Report of the Indian Hemp Drugs Commission, 1894-1895 - Volume VIII
Year: 1894
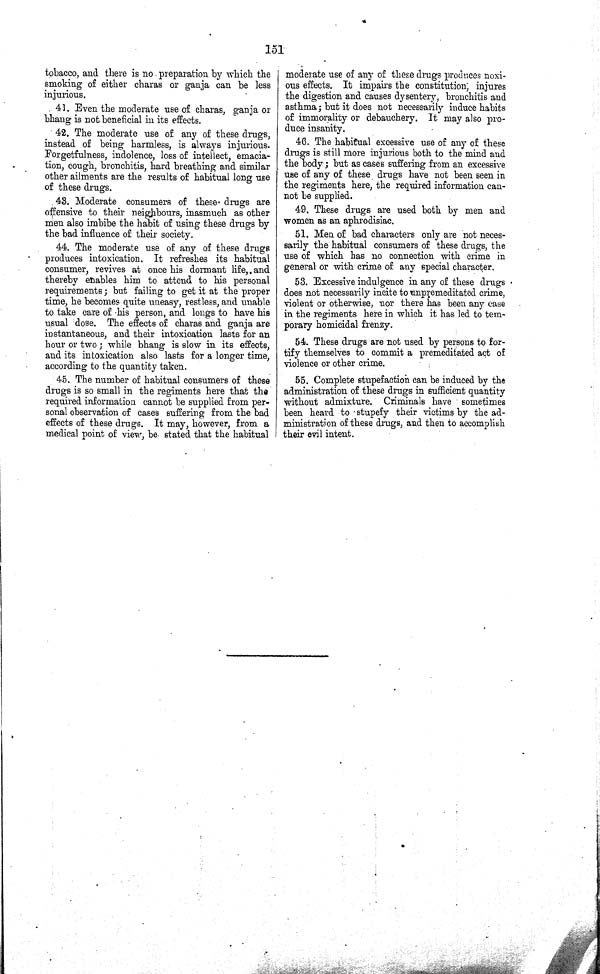
151
tobacco, and there is no preparation by which the
smoking of either charas or ganja can be less
injurious.
41. Even the moderate use of charas, ganja or
bhang is not beneficial in its effects.
42. The moderate use of any of these drugs,
instead of being harmless, is always injurious.
Forgetfulness, indolence, loss of intellect, emacia¬
tion, cough, bronchitis, hard breathing and similar
other ailments are the results of habitual long use
of these drugs.
43. Moderate consumers of these drugs are
offensive to their neighbours, inasmuch as other
men also imbibe the habit of using these drugs by
the bad influence of their society.
44. The moderate use of any of these drugs
produces intoxication. It refreshes its habitual
consumer, revives at once his dormant life, and
thereby enables him to attend to his personal
requirements; but failing to get it at the proper
time, he becomes quite uneasy, restless, and unable
to take care of his person, and longs to have his
usual dose. The effects of charas and ganja are
instantaneous, and their intoxication lasts for an
hour or two; while bhang is slow in its effects,
and its intoxication also lasts for a longer time,
according to the quantity taken.
45. The number of habitual consumers of these
drugs is so small in the regiments here that the
required information cannot be supplied from per¬
sonal observation of cases suffering from the bad
effects of these drugs. It may, however, from a
medical point of view, be stated that the habitual
moderate use of any of these drugs produces noxi¬
ous effects. It impairs the constitution; injures
the digestion and causes dysentery, bronchitis and
asthma; but it does not necessarily induce habits
of immorality or debauchery. It may also pro¬
duce insanity.
46. The habitual excessive use of any of these
drugs is still more injurious both to the mind and
the body; but as cases suffering from an excessive
use of any of these drugs have not been seen in
the regiments here, the required information can¬
not be supplied.
49. These drugs are used both by men and
women as an aphrodisiac.
51. Men of bad characters only are not neces¬
sarily the habitual consumers of these drugs, the
use of which has no connection with crime in
general or with crime of any special character.
53. Excessive indulgence in any of these drugs
does not necessarily incite to unpremeditated crime,
violent or otherwise, nor there has been any case
in the regiments here in which it has led to tem¬
porary homicidal frenzy.
54. These drugs are not used by persons to for¬
tify themselves to commit a premeditated act of
violence or other crime.
55. Complete stupefaction can be induced by the
administration of these drugs in sufficient quantity
without admixture. Criminals have sometimes
been heard to stupefy their victims by the ad¬
ministration of these drugs, and then to accomplish
their evil intent.